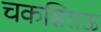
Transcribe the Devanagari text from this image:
चकसिराऊ